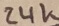
Text: 24K